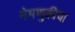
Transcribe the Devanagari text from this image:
नेमणुकीचा